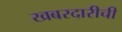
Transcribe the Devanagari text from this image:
खबरदारीची